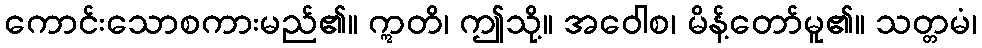
ကောင်းသောစကားမည်၏။ ဣတိ၊ ဤသို့။ အဝေါစ၊ မိန့်တော်မူ၏။ သတ္တမံ၊